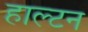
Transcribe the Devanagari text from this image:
हाल्टन